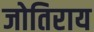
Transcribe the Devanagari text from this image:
जोतिराय